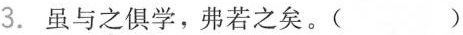
3.虽与之俱学，弗若之矣。()